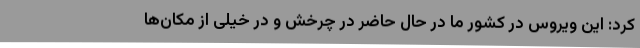
کرد: این ویروس در کشور ما در حال حاضر در چرخش و در خیلی از مکان‌ها